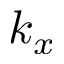
k _ { x }